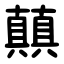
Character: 㒹